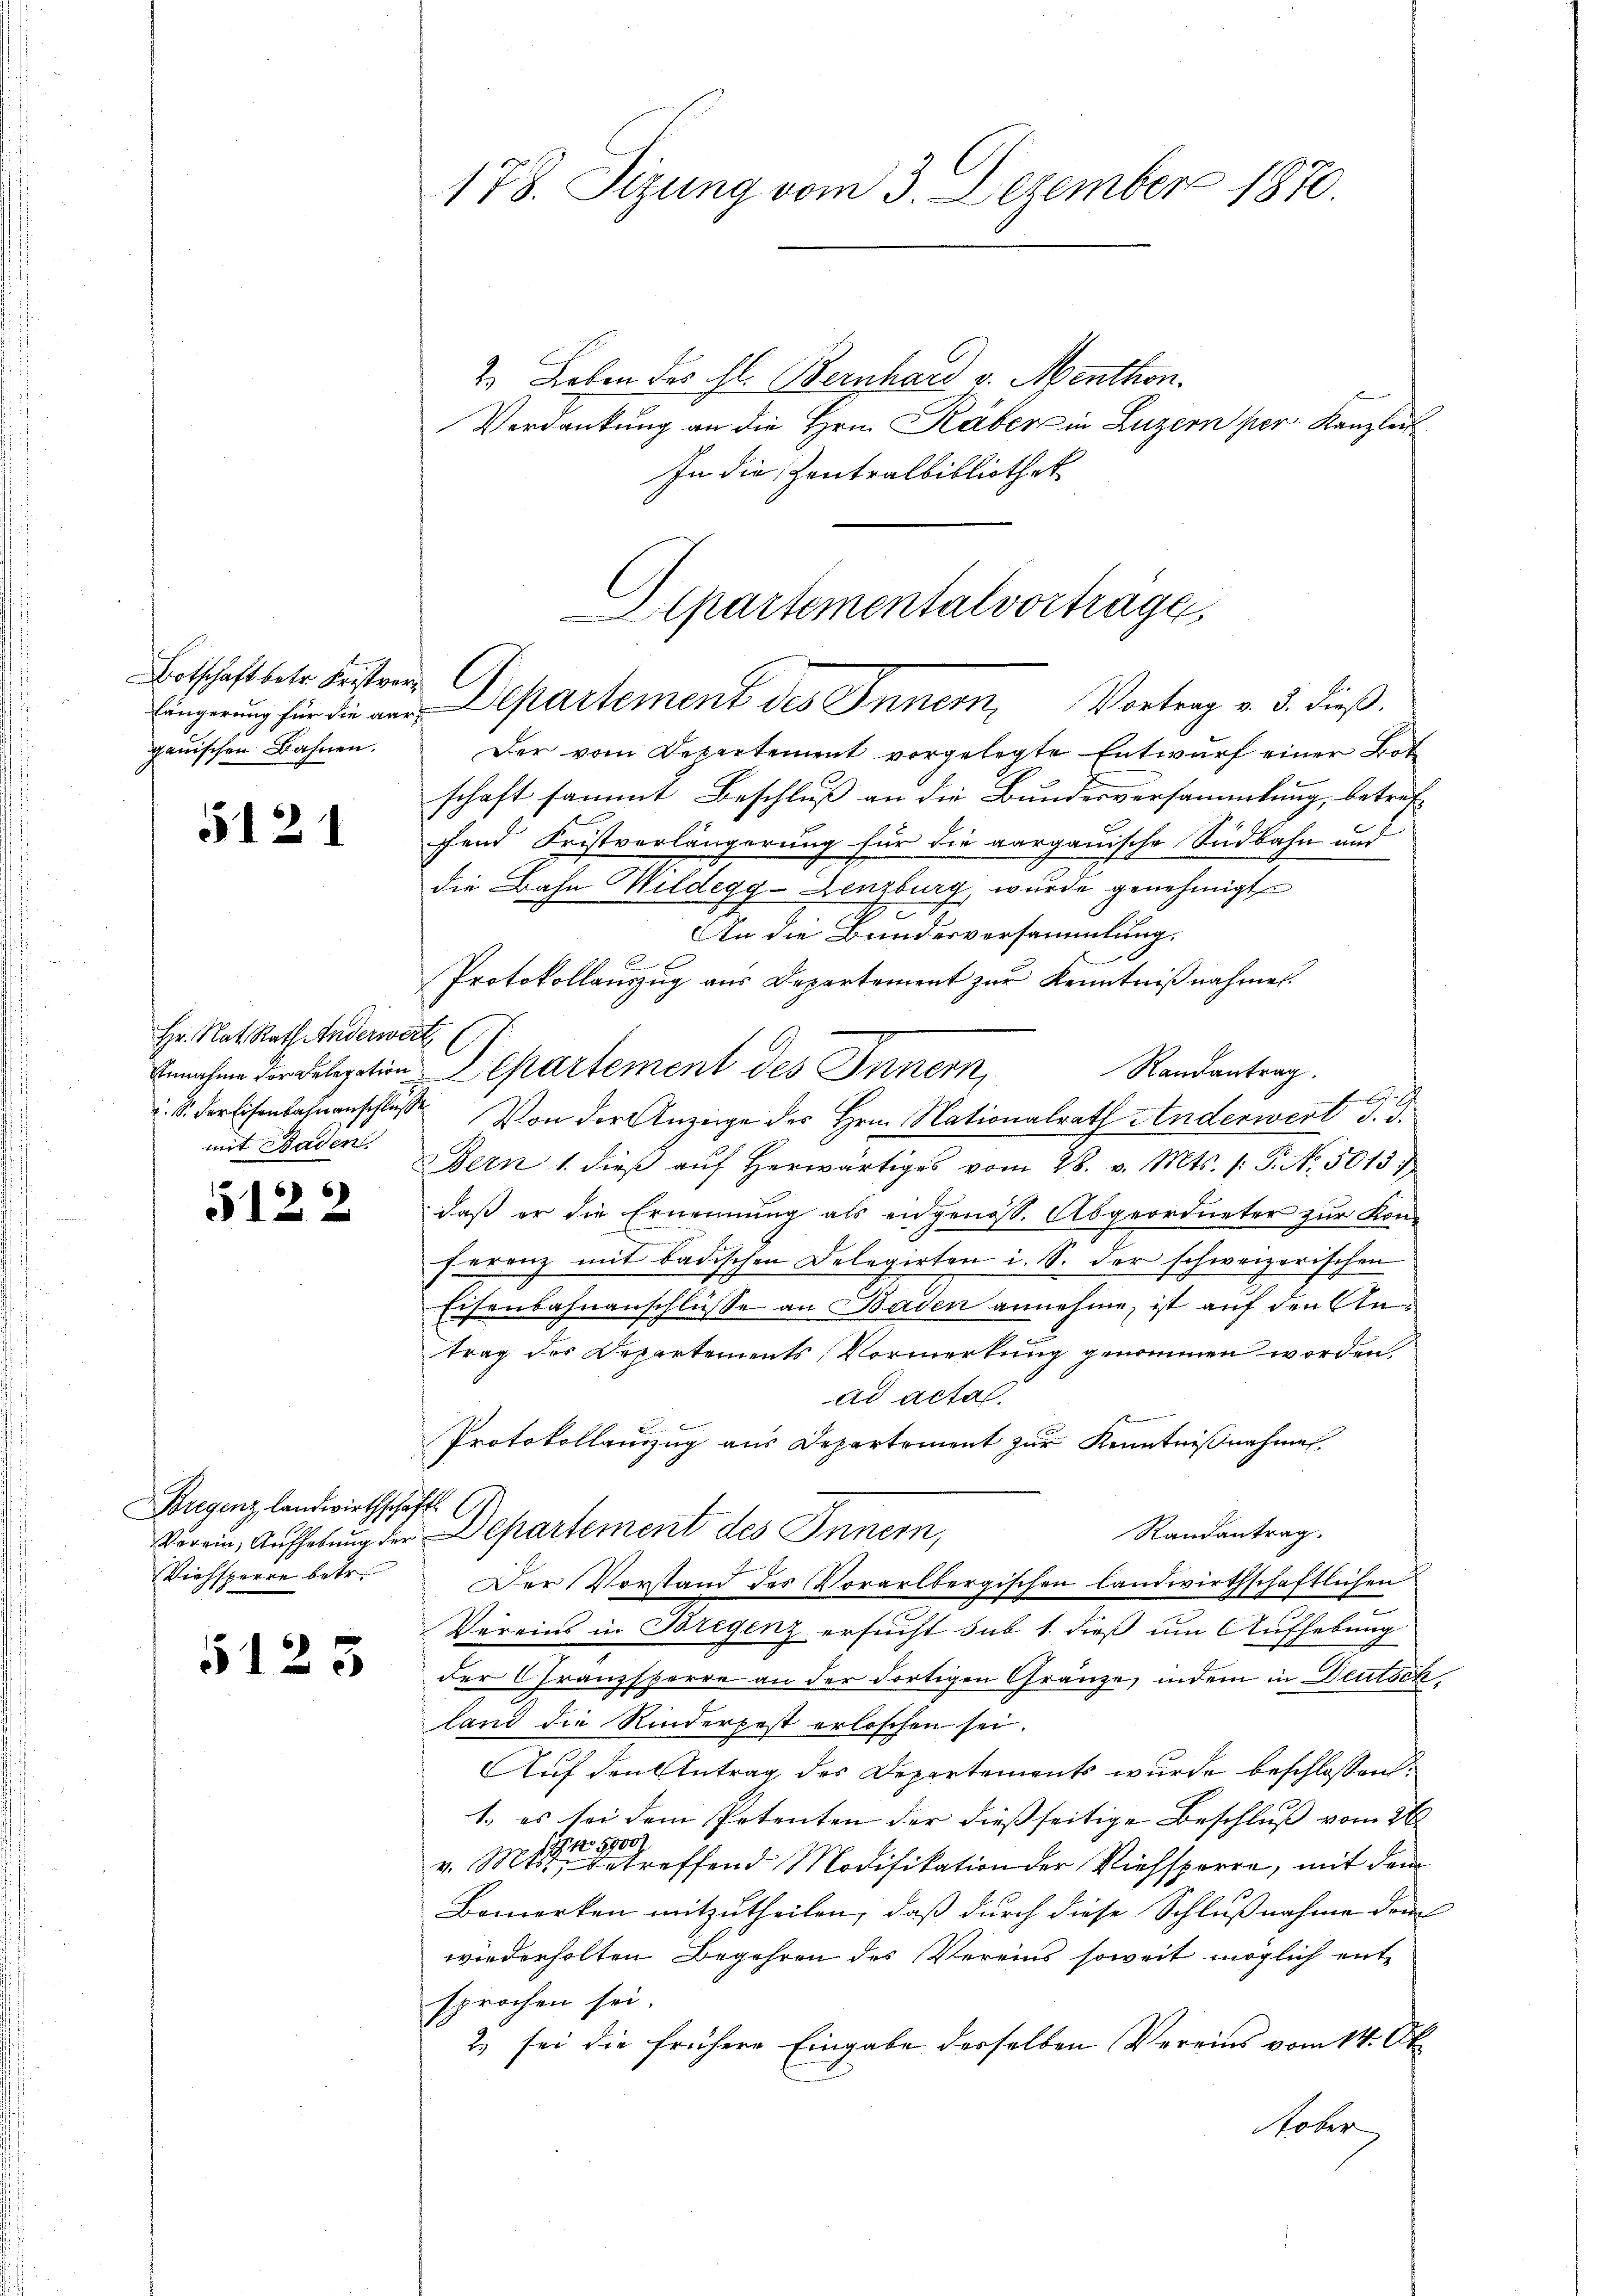
Botschaft betr. Fristverganischen Bahnen.

512

Hr. Nat. Rath Anderwert,
. S. Fertisenbahnanschlusse
mit Baden.

5122

Bregenz landwirthschaft.
Viehsperre betr.

5128

178. Sizung vom 3. Dezember 1870.

2. Leben des hl. Bernhard v. Menthon.
Verdankung an die Hrn. Räber in Luzern per Kanzlei
In die Zentralbibliothek
Departementalvortrage

längerung für die an Departement des Innern, Vortrag v. 3. dieß.

Der vom Departement vorgelegte Entwurf einer Bot
schaft sammt Beschluß an die Bundesversammlung, betreffend Fristverlängerung für die aargauische Südbahn und
die Bahn Wildegg-Lenzburg, wurde genehmigt
An die Bundesversammlung.
E
Protokollanzug aus Departement zur Kenntnißnahmen.
Randantrag.
benahme deligation Departement des Innern,
Von der Anzeige des Hrn. Nationalrath Anderwert d. d.
Bern 1. dieβ aŭf herwärtiges vom 28. v. Mts. (T. No. 5013.
daß er die Ernennung als eidgenoss. Abgeordneter zur Kon-
ferenz mit Badischen Delegirten i. S. der schweizerischen
Eisenbahnanschlüsse an Baden annehme, ist auf den Antrag der Departements Vormerkung genommen worden,
ad acta.
Protokollauszug aus Departement zur Kenntnißnahmen.
Randantrag.
Verein, Aufhebung der Departement des Innern,
Der Vorstand des Vorarlbergischen landwirthschaftlichen
Vereins in Brigenz ersucht sub 1. dieß um Aufhebung
der Franzsperre an der dortigen Gränze, indem in Deutsch
land die Rinderpest erloschen sei.
Auf den Antrag des Departements wurde beschlossen:
1. es sei dem Petenten der dießseitige Beschluß vom 26.
v. M effend Modifikation der Viehsperre, mit dem
Bemerken mitzutheilen, daß durch diese Schlußnahme dein
wiederholten Begehren des Vereins soweit möglich entsprochen sei.
2) sei die frühere Eingabe derselben Vereins vom 14. Ok
Hoher